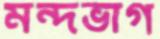
মন্দভাগ